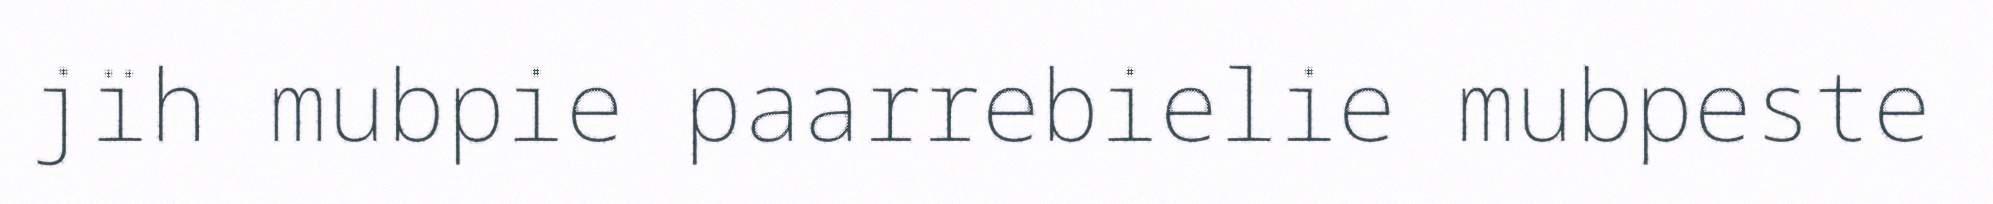
jïh mubpie paarrebielie mubpeste